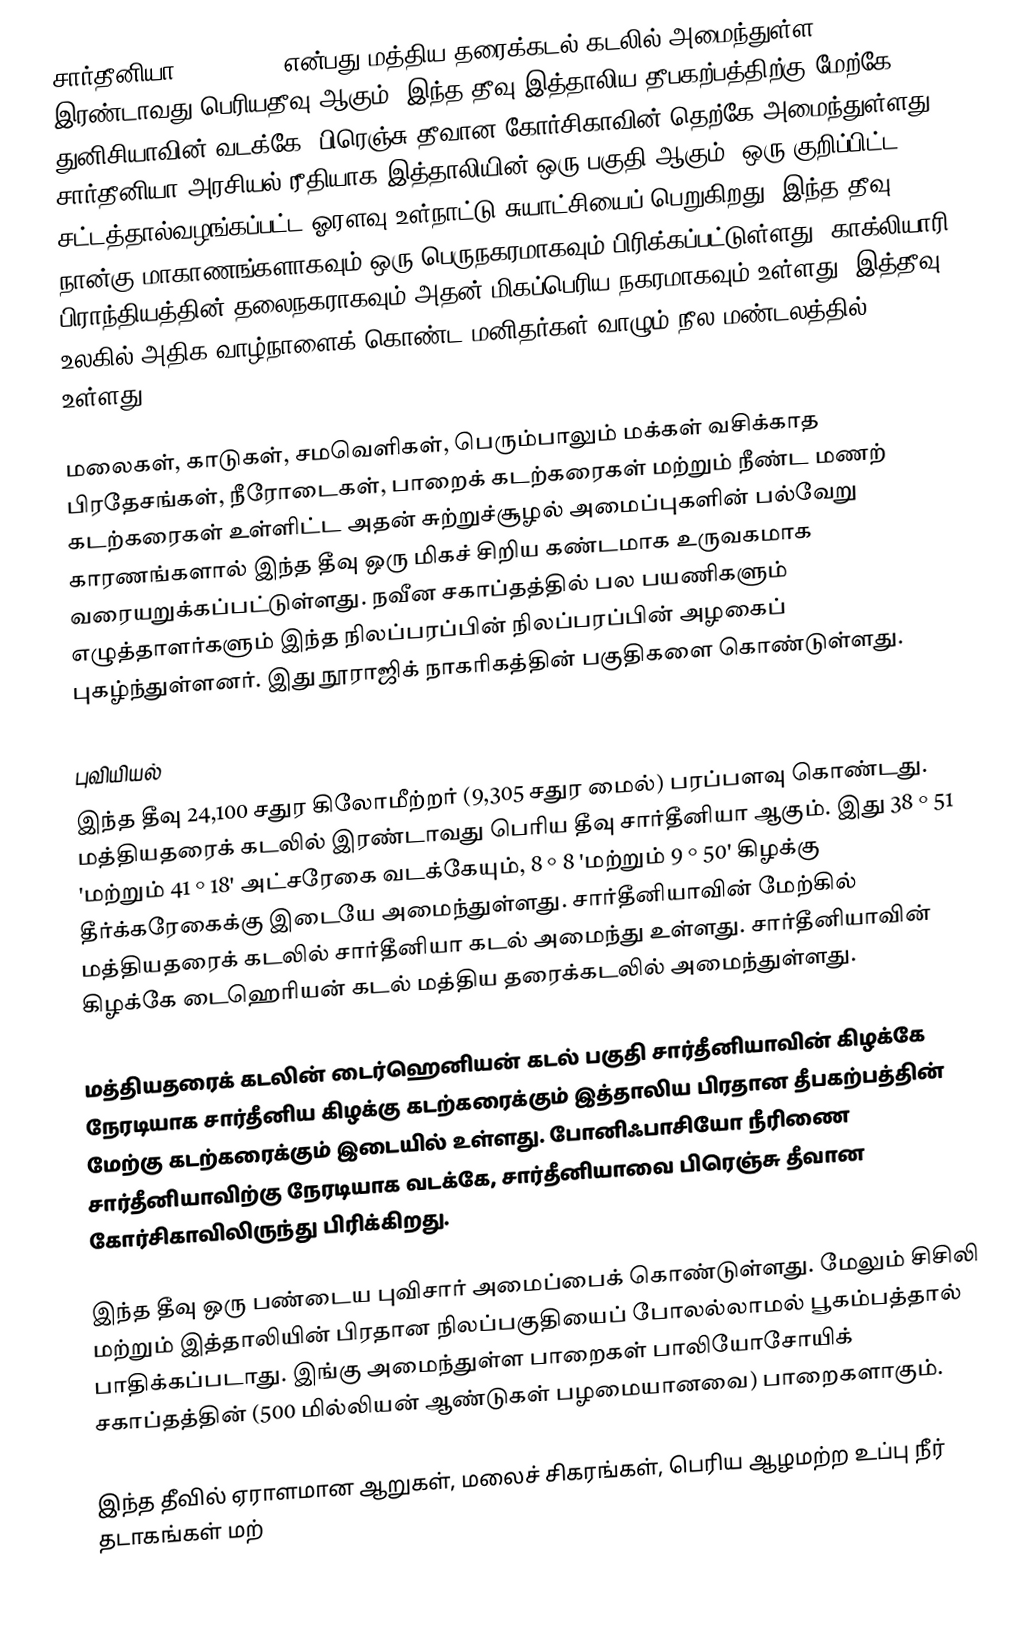
சார்தீனியா (Sardinia) என்பது மத்திய தரைக்கடல் கடலில் அமைந்துள்ள இரண்டாவது பெரியதீவு ஆகும். இந்த தீவு இத்தாலிய தீபகற்பத்திற்கு மேற்கே,  துனிசியாவின் வடக்கே, பிரெஞ்சு தீவான கோர்சிகாவின் தெற்கே அமைந்துள்ளது. சார்தீனியா அரசியல் ரீதியாக இத்தாலியின் ஒரு பகுதி ஆகும். ஒரு குறிப்பிட்ட சட்டத்தால்வழங்கப்பட்ட ஓரளவு உள்நாட்டு சுயாட்சியைப் பெறுகிறது. இந்த தீவு நான்கு மாகாணங்களாகவும் ஒரு பெருநகரமாகவும் பிரிக்கப்பட்டுள்ளது. காக்லியாரி பிராந்தியத்தின் தலைநகராகவும் அதன் மிகப்பெரிய நகரமாகவும் உள்ளது. இத்தீவு உலகில் அதிக வாழ்நாளைக் கொண்ட மனிதர்கள் வாழும் நீல மண்டலத்தில் உள்ளது.

மலைகள்,  காடுகள், சமவெளிகள், பெரும்பாலும் மக்கள் வசிக்காத பிரதேசங்கள், நீரோடைகள், பாறைக் கடற்கரைகள் மற்றும் நீண்ட மணற் கடற்கரைகள் உள்ளிட்ட அதன் சுற்றுச்சூழல் அமைப்புகளின் பல்வேறு காரணங்களால் இந்த தீவு ஒரு மிகச் சிறிய கண்டமாக உருவகமாக வரையறுக்கப்பட்டுள்ளது. நவீன சகாப்தத்தில் பல பயணிகளும் எழுத்தாளர்களும் இந்த நிலப்பரப்பின் நிலப்பரப்பின் அழகைப் புகழ்ந்துள்ளனர். இது நூராஜிக் நாகரிகத்தின் பகுதிகளை கொண்டுள்ளது.

புவியியல்
இந்த தீவு 24,100 சதுர கிலோமீற்றர் (9,305 சதுர மைல்) பரப்பளவு கொண்டது. மத்தியதரைக் கடலில் இரண்டாவது பெரிய தீவு சார்தீனியா ஆகும். இது 38 ° 51 'மற்றும் 41 ° 18' அட்சரேகை வடக்கேயும், 8 ° 8 'மற்றும் 9 ° 50' கிழக்கு தீர்க்கரேகைக்கு  இடையே அமைந்துள்ளது. சார்தீனியாவின் மேற்கில் மத்தியதரைக் கடலில் சார்தீனியா கடல் அமைந்து உள்ளது. சார்தீனியாவின்  கிழக்கே டைஹெரியன் கடல் மத்திய தரைக்கடலில் அமைந்துள்ளது.

மத்தியதரைக் கடலின் டைர்ஹெனியன் கடல் பகுதி சார்தீனியாவின் கிழக்கே நேரடியாக சார்தீனிய கிழக்கு கடற்கரைக்கும் இத்தாலிய பிரதான தீபகற்பத்தின் மேற்கு கடற்கரைக்கும் இடையில் உள்ளது. போனிஃபாசியோ நீரிணை சார்தீனியாவிற்கு நேரடியாக வடக்கே, சார்தீனியாவை பிரெஞ்சு தீவான கோர்சிகாவிலிருந்து பிரிக்கிறது.

இந்த தீவு ஒரு பண்டைய புவிசார் அமைப்பைக் கொண்டுள்ளது. மேலும் சிசிலி மற்றும் இத்தாலியின் பிரதான நிலப்பகுதியைப் போலல்லாமல் பூகம்பத்தால் பாதிக்கப்படாது. இங்கு அமைந்துள்ள பாறைகள் பாலியோசோயிக் சகாப்தத்தின் (500 மில்லியன் ஆண்டுகள் பழமையானவை) பாறைகளாகும்.

இந்த தீவில் ஏராளமான ஆறுகள், மலைச் சிகரங்கள், பெரிய ஆழமற்ற உப்பு நீர் தடாகங்கள் மற்